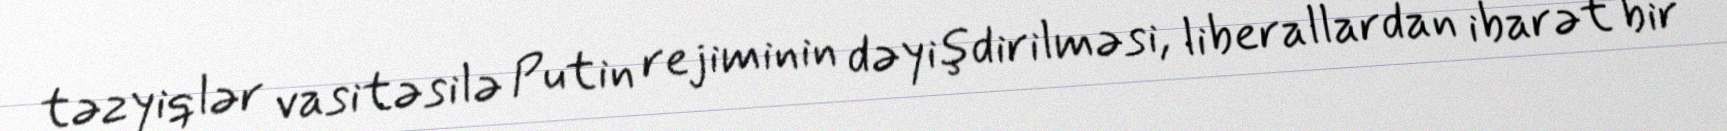
təzyiqlər vasitəsilə Putin rejiminin dəyişdirilməsi, liberallardan ibarət bir